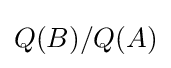
Q(B)/Q(A)